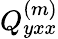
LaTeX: Q_{yxx}^{(m)}